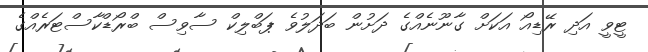
ޓީވީ އަދި ރޭޑިއޯ އަކަށް ގާނޫނެއްގެ ދަށުން ބަދަލުވެ ޕަބްލިކް ސާވިސް ބްރޯޑްކާސްޓަރެއްގެ